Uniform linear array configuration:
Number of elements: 12
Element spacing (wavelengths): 0.25
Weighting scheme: binomial
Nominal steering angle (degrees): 0
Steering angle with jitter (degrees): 0.5001
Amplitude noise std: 0.05
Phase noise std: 0.05

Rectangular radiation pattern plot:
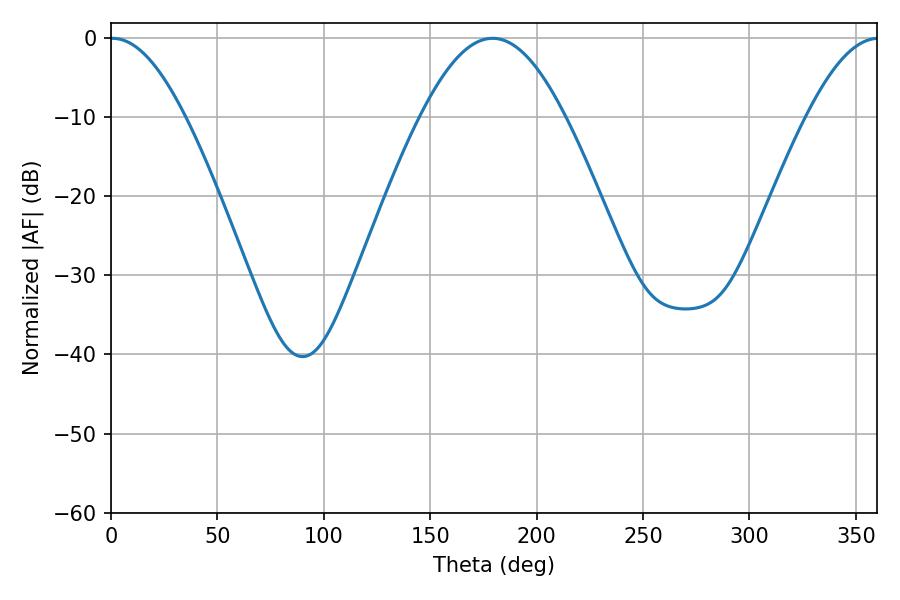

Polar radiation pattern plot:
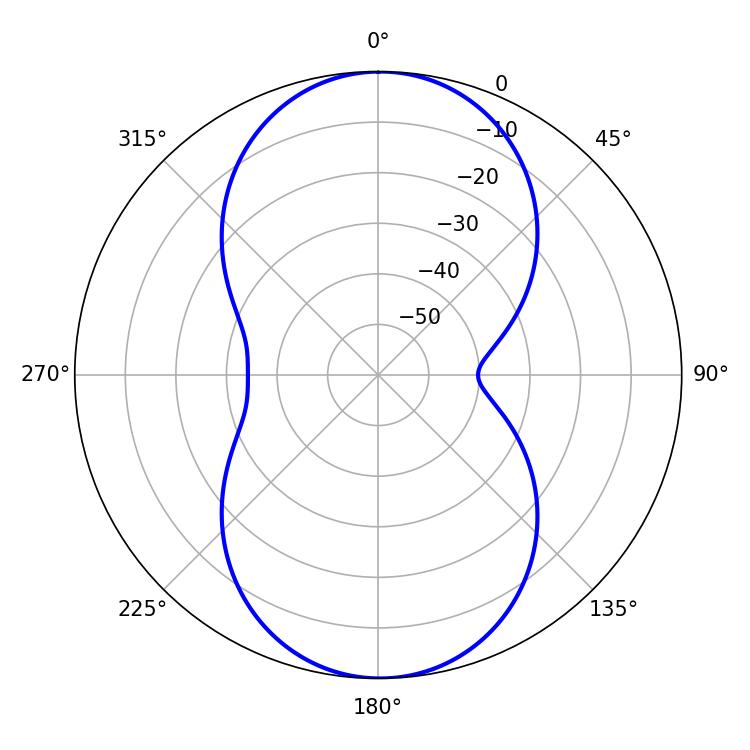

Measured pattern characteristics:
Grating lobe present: FALSE
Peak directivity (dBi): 21.079
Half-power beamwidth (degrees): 19.08
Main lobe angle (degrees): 0.72